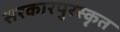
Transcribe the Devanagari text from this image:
सरकारपुरस्कृत